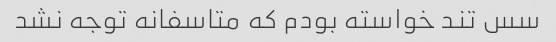
سس تند خواسته بودم که متاسفانه توجه نشد